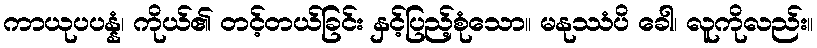
ကာယုပပန္နံ၊ ကိုယ်၏ တင့်တယ်ခြင်း နှင့်ပြည့်စုံသော။ မနုဿံပိ ခေါ၊ လူကိုလည်း။